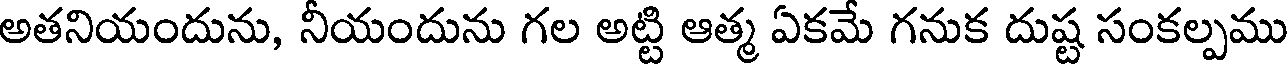
అతనియందును, నీయందును గల అట్టి ఆత్మ ఏకమే గనుక దుష్ట సంకల్పము